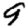
Digit: 9